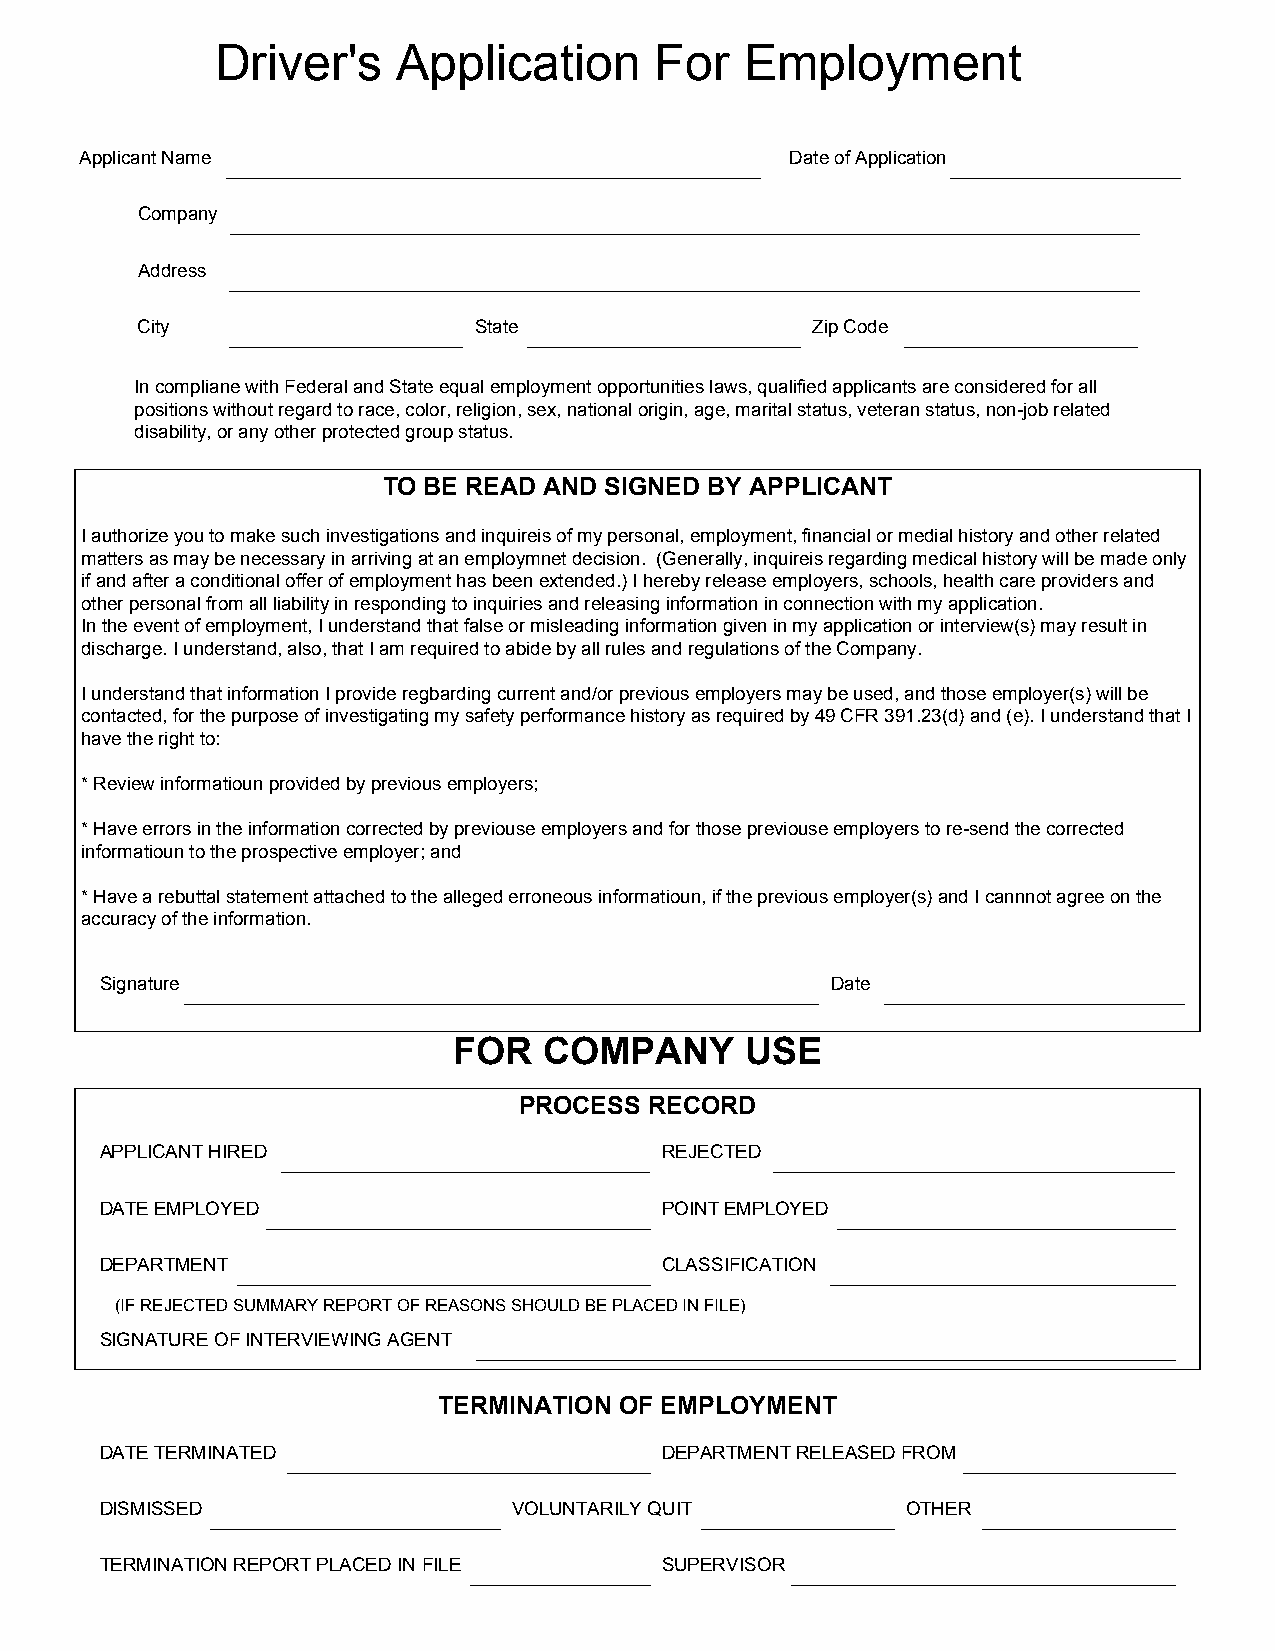
Driver's    Application      For   Employment
 Applicant Name                                 Date of Application
 Company
 Address
 City                  State                  Zip Code
 In compliane with Federal and State equal employment opportunities laws, qualified applicants are considered for all
 positions without regard to race, color, religion, sex, national origin, age, marital status, veteran status, non-job related
 disability, or any other protected group status.
 TO BE READ AND SIGNED BY APPLICANT
 I authorize you to make such investigations and inquireis of my personal, employment, financial or medial history and other related
 matters as may be necessary in arriving at an employmnet decision. (Generally, inquireis regarding medical history will be made only
 if and after a conditional offer of employment has been extended.) I hereby release employers, schools, health care providers and
 other personal from all liability in responding to inquiries and releasing information in connection with my application.
 In the event of employment, I understand that false or misleading information given in my application or interview(s) may result in
 discharge. I understand, also, that I am required to abide by all rules and regulations of the Company.
 I understand that information I provide regbarding current and/or previous employers may be used, and those employer(s) will be
 contacted, for the purpose of investigating my safety performance history as required by 49 CFR 391.23(d) and (e). I understand that I
 have the right to:
 * Review informatioun provided by previous employers;
 * Have errors in the information corrected by previouse employers and for those previouse employers to re-send the corrected
 informatioun to the prospective employer; and
 * Have a rebuttal statement attached to the alleged erroneous informatioun, if the previous employer(s) and I cannnot agree on the
 accuracy of the information.
 Signature                                       Date
 FOR   COMPANY      USE
 PROCESS  RECORD
 APPLICANT HIRED                      REJECTED
 DATE EMPLOYED                        POINT EMPLOYED
 DEPARTMENT                           CLASSIFICATION
 (IF REJECTED SUMMARY REPORT OF REASONS SHOULD BE PLACED IN FILE)
 SIGNATURE OF INTERVIEWING AGENT
 TERMINATION OF EMPLOYMENT
 DATE TERMINATED                      DEPARTMENT RELEASED FROM
 DISMISSED                  VOLUNTARILY QUIT          OTHER
 TERMINATION REPORT PLACED IN FILE    SUPERVISOR